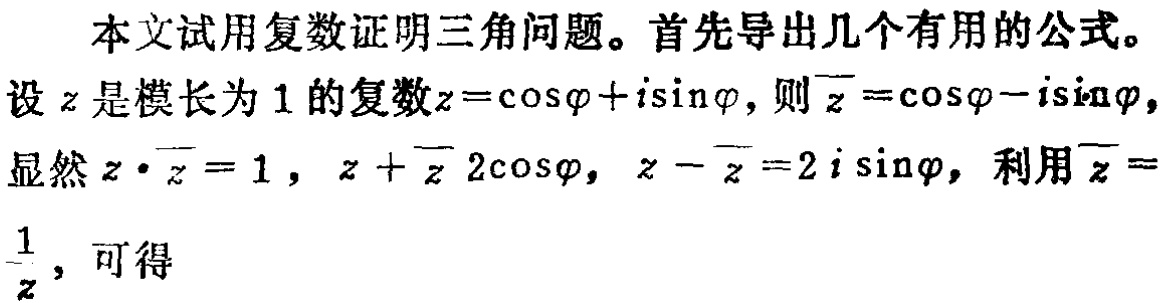
本文试用复数证明三角问题。首先导出几个有用的公式。
设\(z\)是模长为\(1\)的复数\(z = \cos\varphi + i\sin\varphi\)，则\(\overline{z}=\cos\varphi - i\sin\varphi\)，显然\(z\cdot\overline{z}=1\)，\(z + \overline{z}=2\cos\varphi\)，\(z - \overline{z}=2i\sin\varphi\)，利用\(\overline{z}=\frac{1}{z}\)，可得